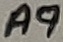
Text: A9